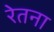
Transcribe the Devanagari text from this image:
रेतना